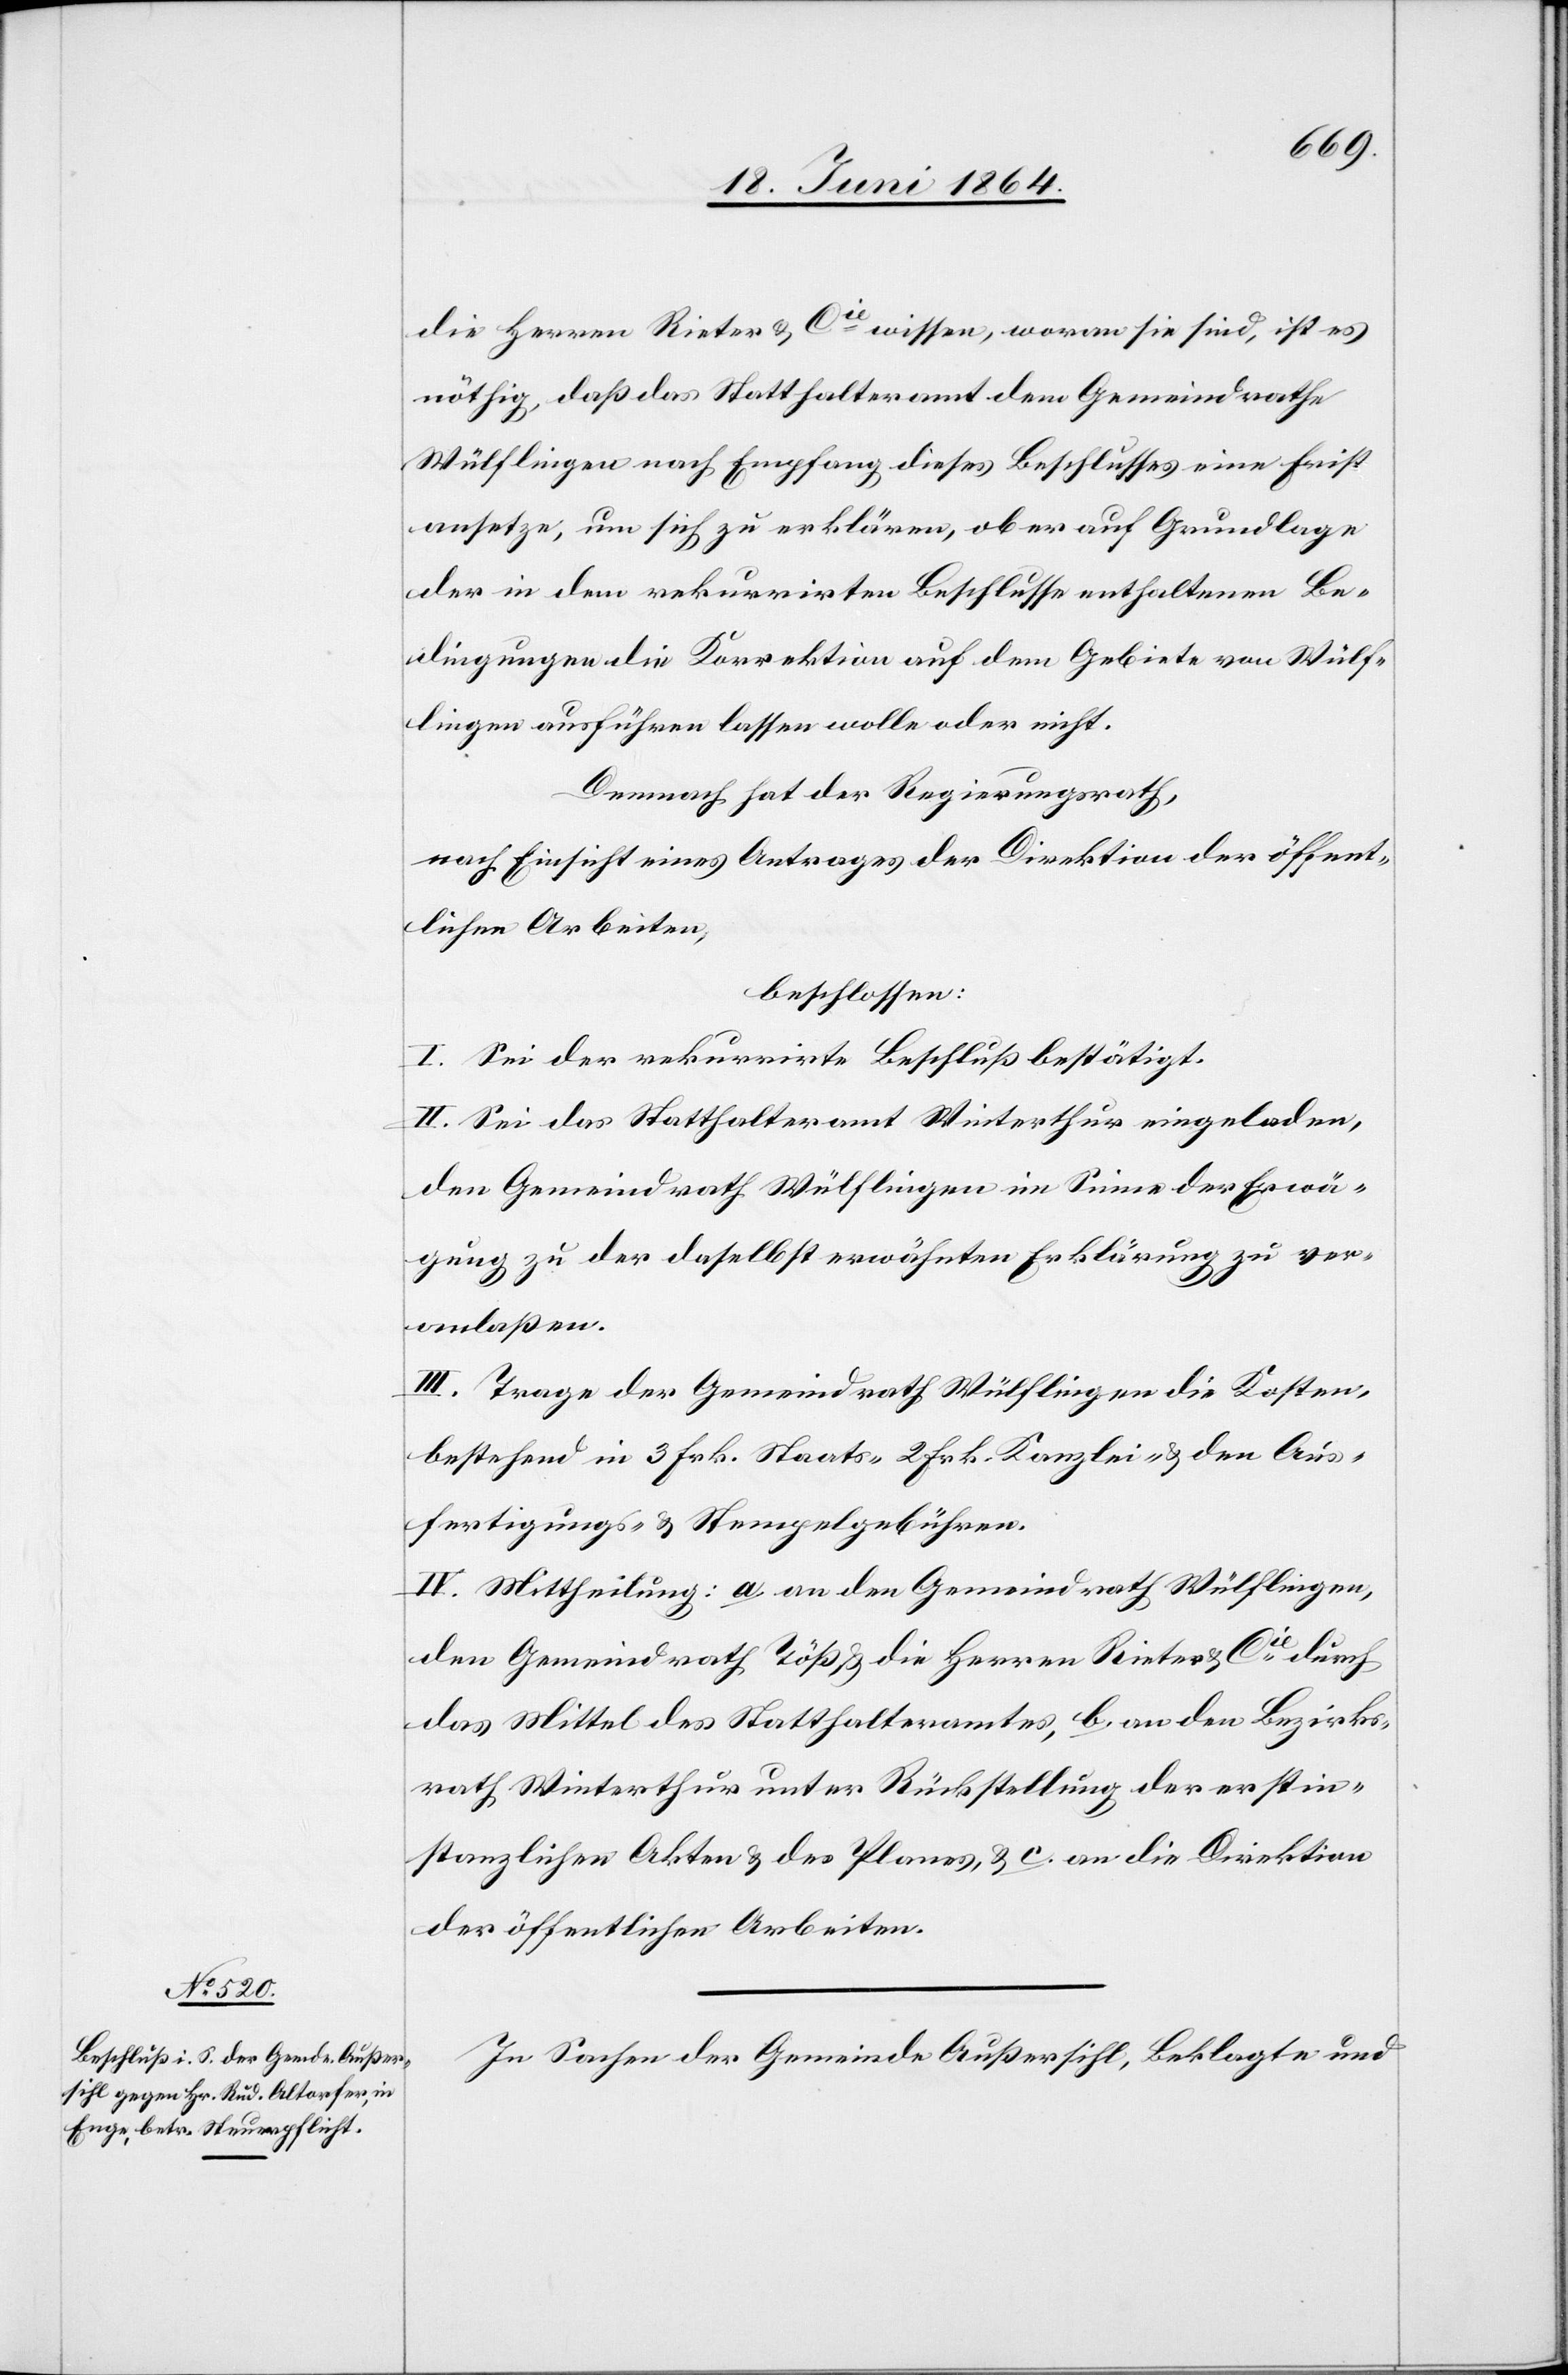
die Herren Rieter & Cie wissen, woran sie sind, ist es
nöthig, daß das Statthalteramt dem Gemeindrathe
Wülflingen nach Empfang dieses Beschlusses eine Frist
ansetze, um sich zu erklären, ob er auf Grundlage
der in dem rekurrirten Beschlusse enthaltenen Be¬
dingungen die Korrektion auf dem Gebiete von Wülf¬
lingen ausführen lassen wolle oder nicht.
Demnach hat der Regierungsrath,
nach Einsicht eines Antrages der Direktion der öffent¬
lichen Arbeiten,
beschlossen:
I. Sei der rekurrirte Beschluß bestätigt.
II. Sei das Statthalteramt Winterthur eingeladen,
den Gemeindrath Wülflingen im Sinne der Erwä¬
gung zu der daselbst erwähnten Erklärung zu ver¬
anlaßen.
III. Trage der Gemeindrath Wülflingen die Kosten,
bestehend in 3 Frk. Staats-, 2 Frk. Kanzlei- u. den Aus¬
fertigungs- u. Stempelgebühren.
IV. Mittheilung: a an den Gemeindrath Wülflingen,
den Gemeindrath Töß u. die Herren Rieter & Cie durch
das Mittel des Statthalteramtes, b an den Bezirks¬
rath Winterthur unter Rückstellung der erstin¬
stanzlichen Akten u. des Planes, u. c an die Direktion
der öffentlichen Arbeiten.
In Sachen der Gemeinde Außersihl, Beklagte und